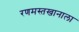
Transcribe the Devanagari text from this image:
रणमस्तखानाला